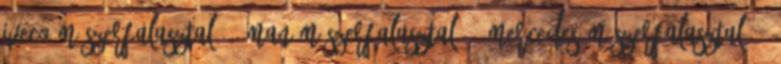
Iveco műszerfalasztal 10 Man műszerfalasztal 16 Mercedes műszerfalasztal 21